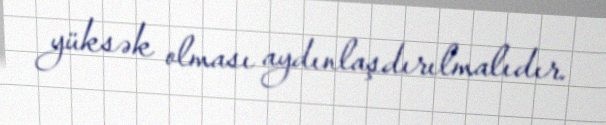
yüksək olması aydınlaşdırılmalıdır.